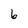
Character: 6